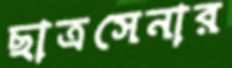
ছাত্রসেনার